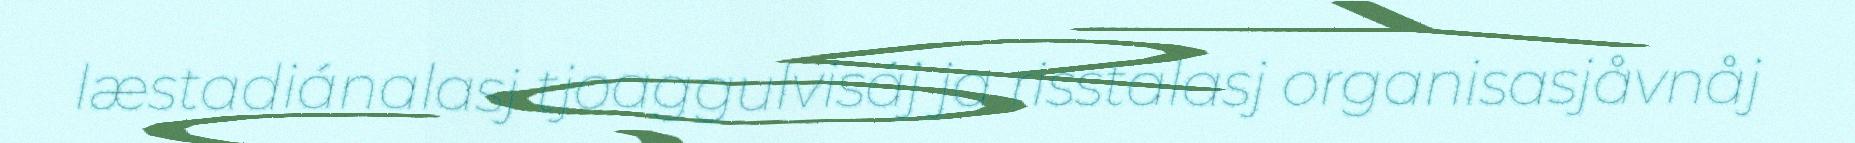
læstadiánalasj tjoaggulvisáj ja risstalasj organisasjåvnåj